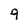
Character: 9